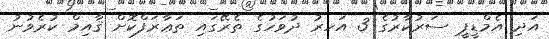
އަދި އެމްޑީޕީ ސަރުކާރުގެ 3 އަހރު ދުވަހުގެ ތެރޭގައި ތަޢާރަފްކޮށް ޤާއިމް ކުރެވުނު